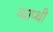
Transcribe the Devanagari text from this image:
व्याप्थी